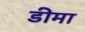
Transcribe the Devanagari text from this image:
डीमा